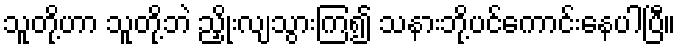
သူတို့ဟာ သူတို့ဘဲ ညှိုးလျသွားကြ၍ သနားဘို့ပင်ကောင်းနေပါပြီ။